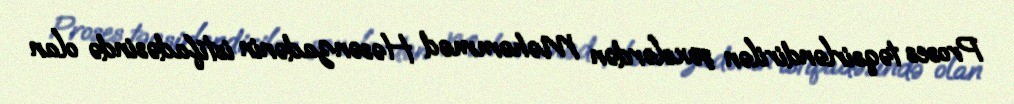
Proses təqsirləndirilən şəxslərdən Məhəmməd Həsənzadənin istifadəsində olan